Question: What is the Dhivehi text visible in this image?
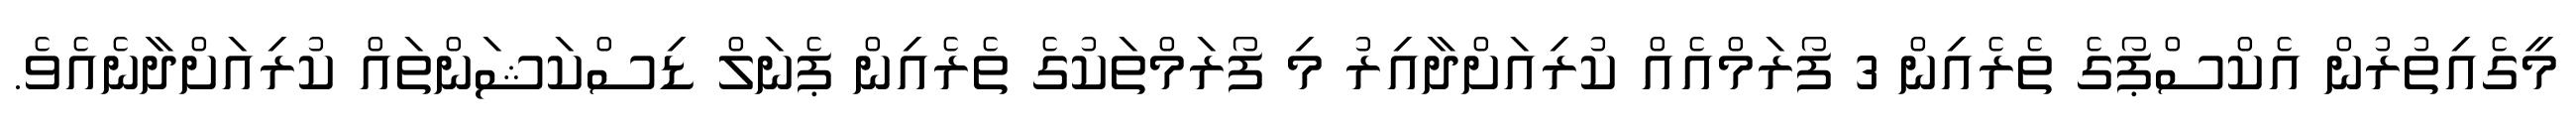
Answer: މީގެއިތުރުން އެކްސްޕޯގެ ތެރެއިން 3 ފޯރަމްއެއް ކުރިއަށްދާއިރު މި ފޯރަމްތަކުގެ ތެރެއިން ޕެނަލް ޑިސްކަޝަންތައް ކުރިއަށްދާނެއެވެ.